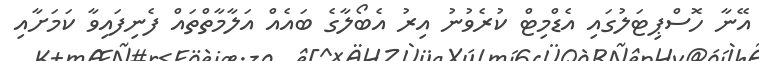
އޭނާ ހޮސްޕިޓަލުގައި އެޑްމިޓް ކުރެވުނު އިރު އެބޯލާގެ ބައެއް އަލާމާތްތައް ފެނިފައިވާ ކަމަށާއި